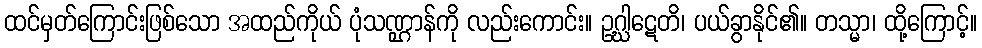
ထင်မှတ်ကြောင်းဖြစ်သော အထည်ကိုယ် ပုံသဏ္ဌာန်ကို လည်းကောင်း။ ဥဂ္ဃါဋေတိ၊ ပယ်ခွာနိုင်၏။ တသ္မာ၊ ထို့ကြောင့်။